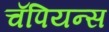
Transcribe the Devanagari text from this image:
चॅपियन्स